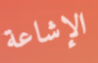
الإشاعة